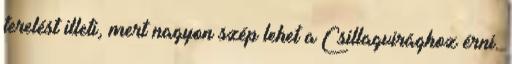
terelést illeti, mert nagyon szép lehet a Csillagvirághoz érni.